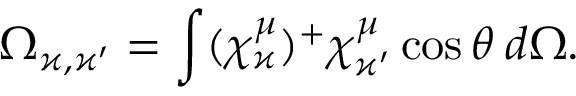
\Omega _ { \varkappa , \varkappa ^ { \prime } } = \int ( \chi _ { \varkappa } ^ { \mu } ) ^ { + } \chi _ { \varkappa ^ { \prime } } ^ { \mu } \cos \theta \: d \Omega .